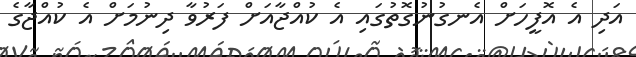
އަދި އެ އޮފީހަށް އެނގުނުގޮތުގައި އެ ކުއްޖާއަށް ފަރުވާ ދިނުމަށް އެ ކުއްޖާގެ